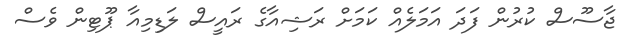
ޖާސޫސް ކުރުން ފަދަ އަމަލެއް ކަމަށް ރަޝިއާގެ ރައީސް ލަޑިމިއާ ޕޫޓިން ވެސް